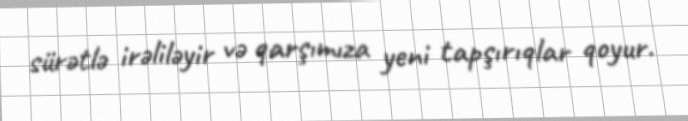
sürətlə irəliləyir və qarşımıza yeni tapşırıqlar qoyur.